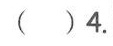
（ ）4.